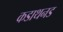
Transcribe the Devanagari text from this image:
कडाथनड